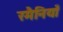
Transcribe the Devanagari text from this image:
रमैनियाँ